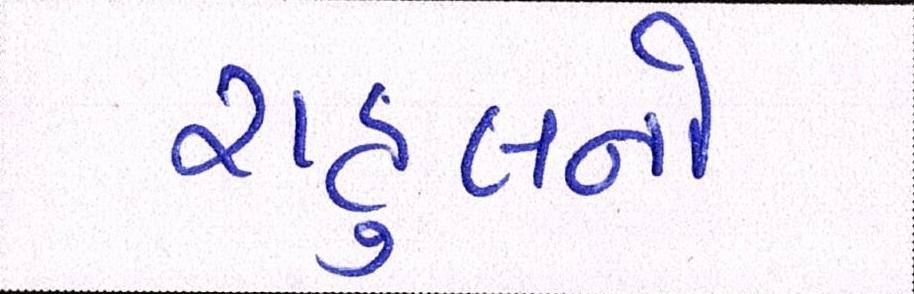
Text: રાહુલનો